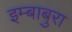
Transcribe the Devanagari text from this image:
इम्बाबुरा